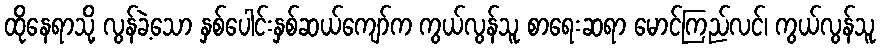
ထိုနေရာသို့ လွန်ခဲ့သော နှစ်ပေါင်းနှစ်ဆယ်ကျော်က ကွယ်လွန်သူ စာရေးဆရာ မောင်ကြည်လင်၊ ကွယ်လွန်သူ